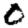
Digit: 0